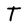
Character: T